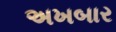
અખબાર